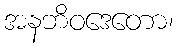
အနဘိဝဒေတော၊